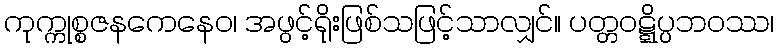
ကုက္ကုစ္စဇနကေနေဝ၊ အဖွင့်ရိုးဖြစ်သဖြင့်သာလျှင်။ ပတ္တဝဋ္ဋိပ္ပဘဝဿ၊